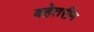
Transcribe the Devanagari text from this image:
बहेतरीन